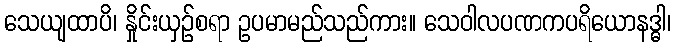
သေယျထာပိ၊ နှိုင်းယှဉ်စရာ ဥပမာမည်သည်ကား။ သေဝါလပဏကပရိယောနဒ္ဓါ၊